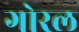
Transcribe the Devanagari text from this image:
गोरल